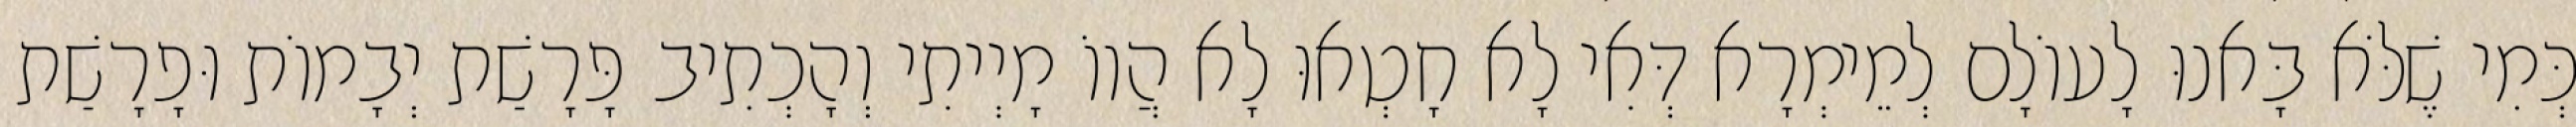
כְּמִי שֶׁלֹּא בָּאנוּ לָעוֹלָם לְמֵימְרָא דְּאִי לָא חָטְאוּ לָא הֲווֹ מָיְיתִי וְהָכְתִיב פָּרָשַׁת יְבָמוֹת וּפָרָשַׁת